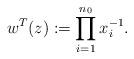
LaTeX: \begin{align*}w^T(z) := \prod_{i=1}^{n_0} x_i^{-1}.\end{align*}